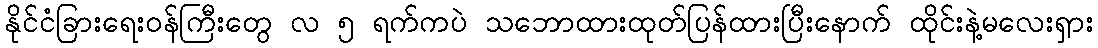
နိုင်ငံခြားရေးဝန်ကြီးတွေ လ ၅ ရက်ကပဲ သဘောထားထုတ်ပြန်ထားပြီးနောက် ထိုင်းနဲ့မလေးရှား